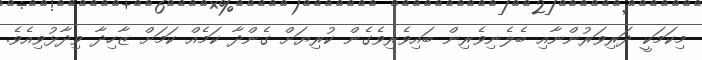
މިކަމަކީ ދަރިވަރުންނާއި ބެލެނިވެރިން ބައިވެރިވެގެން ކުރިޔަށް ގެންދާ ކަމެއް ކަމަށް ޒާހިދާ ވިދާޅުވިއެވެ.